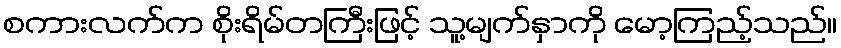
စကားလက်က စိုးရိမ်တကြီးဖြင့် သူ့မျက်နှာကို မော့ကြည့်သည်။